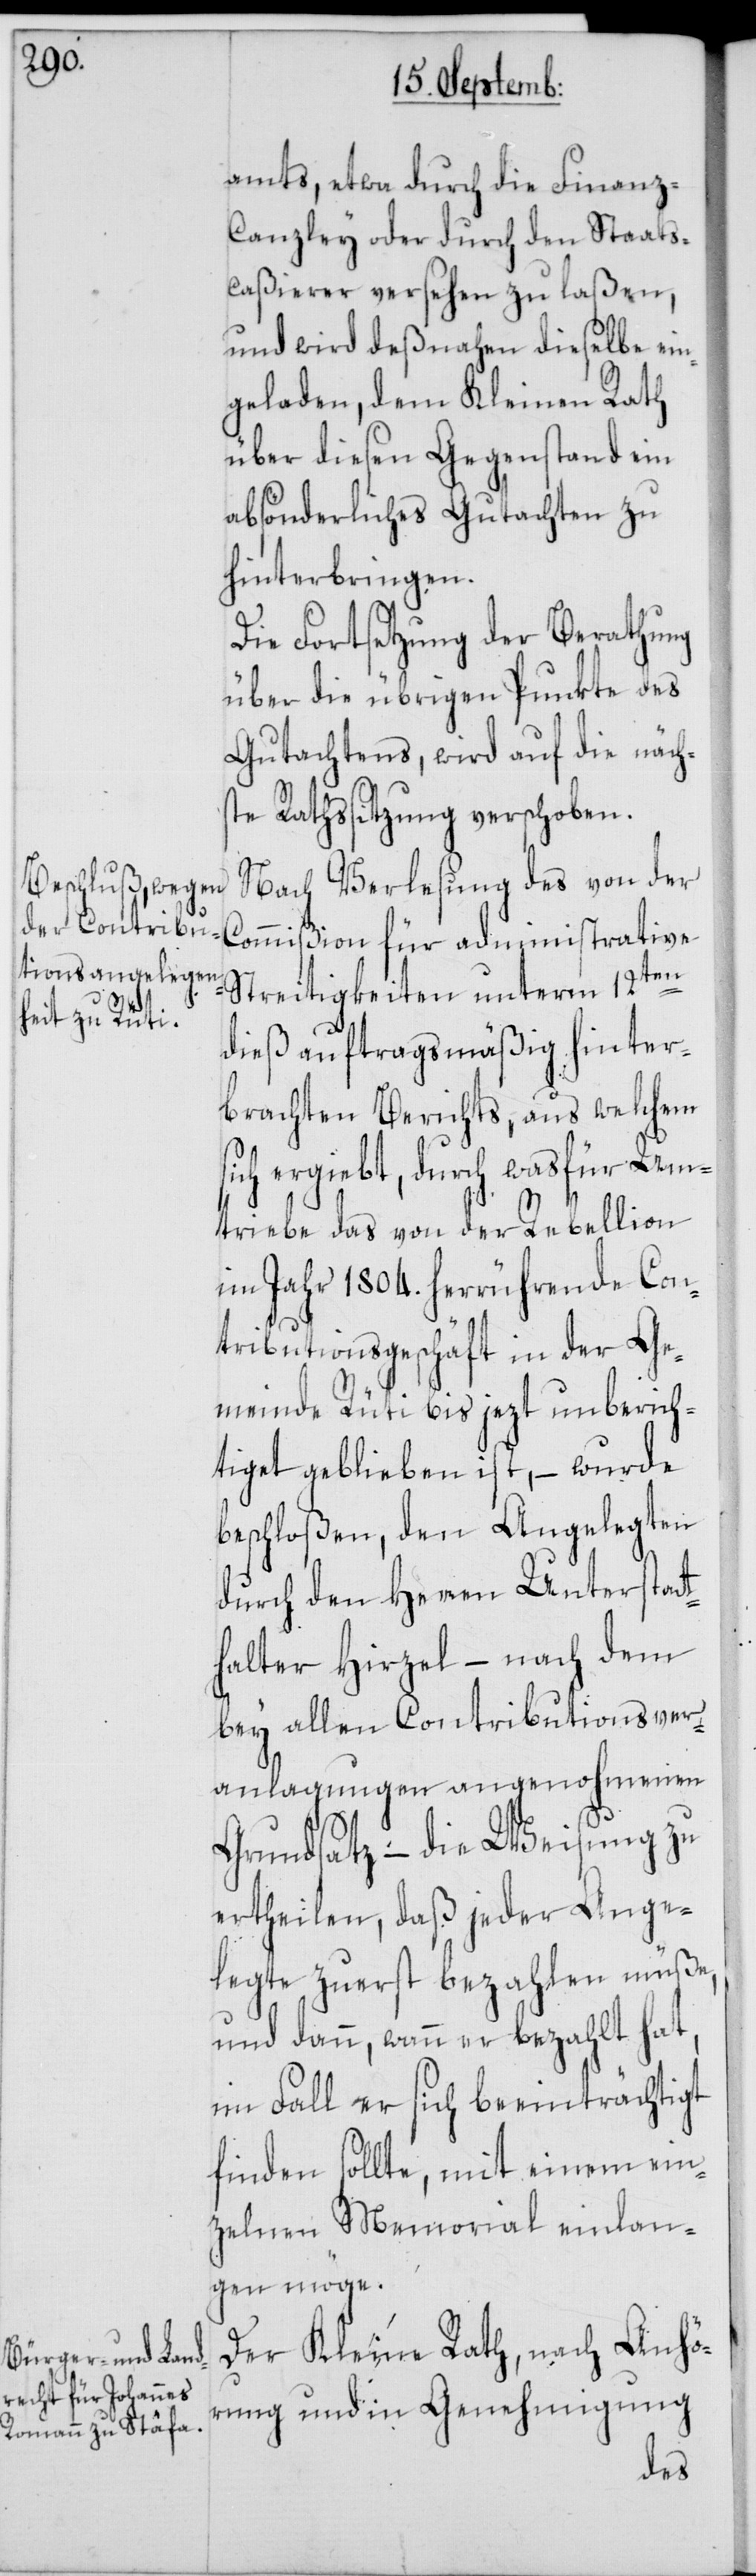
amts, etwa durch die Finanz¬
canzley oder durch den Staats¬
caßierer versehen zu laßen,
und wird deßnahen dieselbe ein¬
geladen, dem Kleinen Rath
über diesen Gegenstand ein
absönderliches Gutachten zu
hinterbringen.
Die Fortsetzung der Berathung
über die übrigen Punkte des
Gutachtens, wird auf die nächs¬
te Rathssitzung verschoben.
Nach Verlesung des von der
Commißion für administrative
s¬
Streitigkeiten unterm 12ten
dieß auftragsmäßig hinter¬
brachten Berichts, aus welchem
ich ergiebt, durch was für Um¬
triebe das von der Rebellion
im Jahr 1804. herrührende Con¬
tributionsgeschäft in der Ge¬
meinde Rüti bis jezt unberich¬
tiget geblieben ist, – wurde
beschloßen, den Angelegten
durch den Herren Unterstat¬
thalter Hirzel – nach dem
bey allen Contributionsver¬
anlagungen angenohmenen
Grundsatz – die Weisung zu
ertheilen, daß jeder Ange¬
legte zuerst bezahlen müße,
und dann, wann er bezahlt hat,
im Fall er sich beeinträchtigt
finden sollte, mit einem ein¬
zelnen Memorial einlan¬
gen möge.
Der Kleine Rath, nach Anhö¬
rung und in Genehmigung